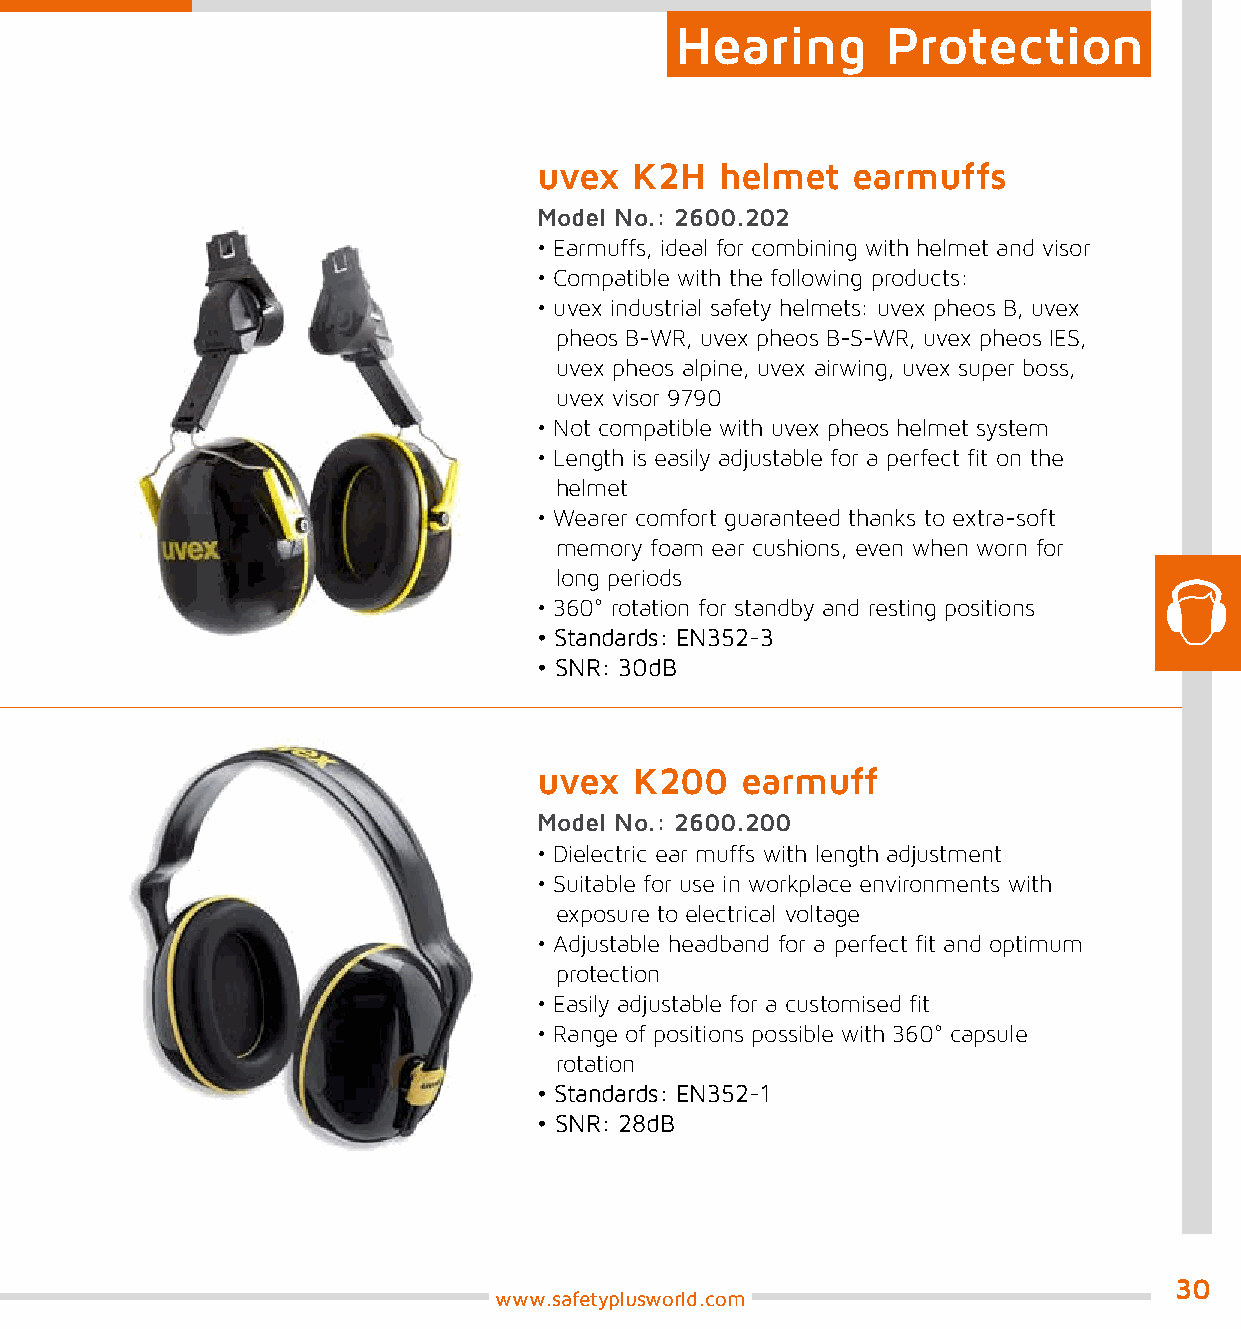
Hearing       Protection
 uvex  K2H   helmet  earmuffs
 Model No.: 2600.202
 • Earmuffs, ideal for combining with helmet and visor
 • Compatible with the following products:
 • uvex industrial safety helmets: uvex pheos B, uvex
 pheos B-WR, uvex pheos B-S-WR, uvex pheos IES,
 uvex pheos alpine, uvex airwing, uvex super boss,
 uvex visor 9790
 • Not compatible with uvex pheos helmet system
 • Length is easily adjustable for a perfect fit on the
 helmet
 • Wearer comfort guaranteed thanks to extra-soft
 memory foam ear cushions, even when worn for
 long periods
 • 360° rotation for standby and resting positions
 • Standards: EN352-3
 • SNR: 30dB
 uvex  K200   earmuff
 Model No.: 2600.200
 • Dielectric ear muffs with length adjustment
 • Suitable for use in workplace environments with
 exposure to electrical voltage
 • Adjustable headband for a perfect fit and optimum
 protection
 • Easily adjustable for a customised fit
 • Range of positions possible with 360° capsule
 rotation
 • Standards: EN352-1
 • SNR: 28dB
 30
 www.safetyplusworld.com